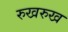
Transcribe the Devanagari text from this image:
रुखरुख